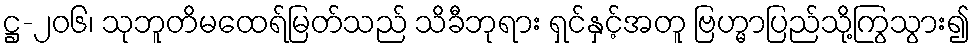
ဋ္ဌ-၂၀၆၊ သုဘူတိမထေရ်မြတ်သည် သိခီဘုရား ရှင်နှင့်အတူ ဗြဟ္မာပြည်သို့ကြွသွား၍